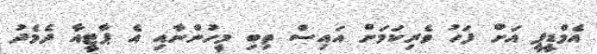
އެމްޑީޕީ އަށް ފަހު ވެރިކަމަށް އައިސް ތިބި މީހުންނާއި އެ ޕާޓީއާ ދެމެދު